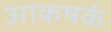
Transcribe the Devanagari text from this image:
आकषर्क